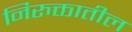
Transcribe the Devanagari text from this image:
निरुक्तातील